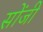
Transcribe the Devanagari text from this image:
सोंजी